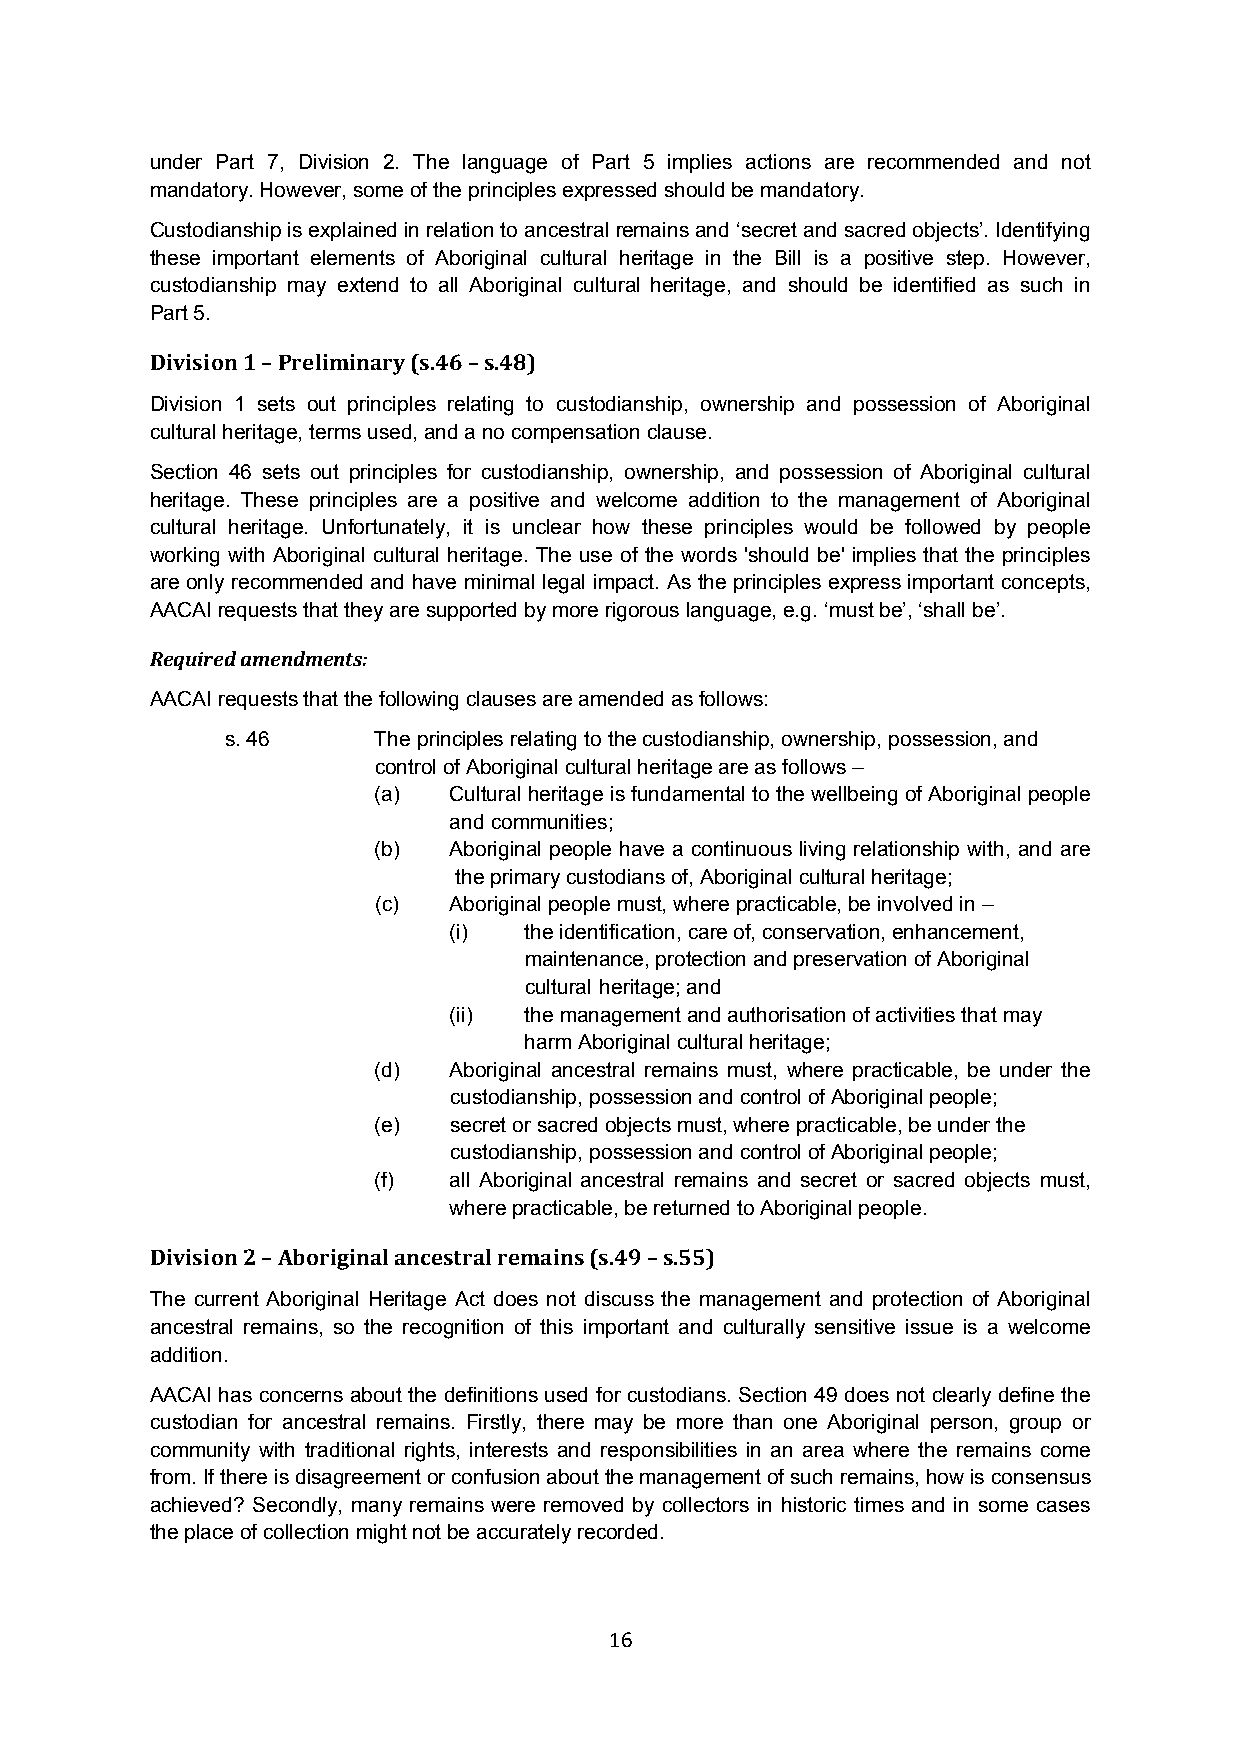
under Part 7, Division 2. The language of Part 5 implies actions are recommended and not
 mandatory. However, some of the principles expressed should be mandatory.
 Custodianship is explained in relation to ancestral remains and ‘secret and sacred objects’. Identifying
 these important elements of Aboriginal cultural heritage in the Bill is a positive step. However,
 custodianship may extend to all Aboriginal cultural heritage, and should be identified as such in
 Part 5.
 Division 1 – Preliminary (s.46 – s.48)
 Division 1 sets out principles relating to custodianship, ownership and possession of Aboriginal
 cultural heritage, terms used, and a no compensation clause.
 Section 46 sets out principles for custodianship, ownership, and possession of Aboriginal cultural
 heritage. These principles are a positive and welcome addition to the management of Aboriginal
 cultural heritage. Unfortunately, it is unclear how these principles would be followed by people
 working with Aboriginal cultural heritage. The use of the words 'should be' implies that the principles
 are only recommended and have minimal legal impact. As the principles express important concepts,
 AACAI requests that they are supported by more rigorous language, e.g. ‘must be’, ‘shall be’.
 Required amendments:
 AACAI requests that the following clauses are amended as follows:
 s. 46     The principles relating to the custodianship, ownership, possession, and
 control of Aboriginal cultural heritage are as follows –
 (a)  Cultural heritage is fundamental to the wellbeing of Aboriginal people
 and communities;
 (b)  Aboriginal people have a continuous living relationship with, and are
 the primary custodians of, Aboriginal cultural heritage;
 (c)  Aboriginal people must, where practicable, be involved in –
 (i)  the identification, care of, conservation, enhancement,
 maintenance, protection and preservation of Aboriginal
 cultural heritage; and
 (ii) the management and authorisation of activities that may
 harm Aboriginal cultural heritage;
 (d)  Aboriginal ancestral remains must, where practicable, be under the
 custodianship, possession and control of Aboriginal people;
 (e)  secret or sacred objects must, where practicable, be under the
 custodianship, possession and control of Aboriginal people;
 (f)  all Aboriginal ancestral remains and secret or sacred objects must,
 where practicable, be returned to Aboriginal people.
 Division 2 – Aboriginal ancestral remains (s.49 – s.55)
 The current Aboriginal Heritage Act does not discuss the management and protection of Aboriginal
 ancestral remains, so the recognition of this important and culturally sensitive issue is a welcome
 addition.
 AACAI has concerns about the definitions used for custodians. Section 49 does not clearly define the
 custodian for ancestral remains. Firstly, there may be more than one Aboriginal person, group or
 community with traditional rights, interests and responsibilities in an area where the remains come
 from. If there is disagreement or confusion about the management of such remains, how is consensus
 achieved? Secondly, many remains were removed by collectors in historic times and in some cases
 the place of collection might not be accurately recorded.
 16